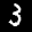
Label: 3